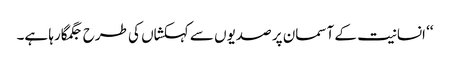
‘‘ انسانیت کے آسمان پر صدیوں سے کہکشاں کی طرح جگمگارہا ہے۔